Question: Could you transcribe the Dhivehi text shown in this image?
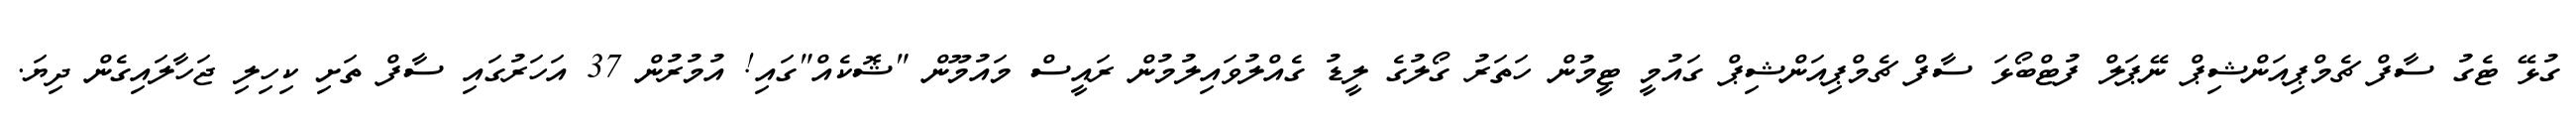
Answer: ގުޅޭ ޓެގު ސާފް ޗެމްޕިއަންޝިޕް ނޭޕަލް ފުޓްބޯޅަ ސާފް ޗެމްޕިއަންޝިޕް ގައުމީ ޓީމުން ހަތަރު ގޯލުގެ ލީޑު ގެއްލުވައިލުމުން ރައީސް މައުމޫން "ޝޮކެއް"ގައި! އުމުރުން 37 އަހަރުގައި ސާފް ތަށި ކިހިލި ޖަހާލައިގެން ދިޔަ.